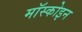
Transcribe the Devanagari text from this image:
मॉस्कोइन